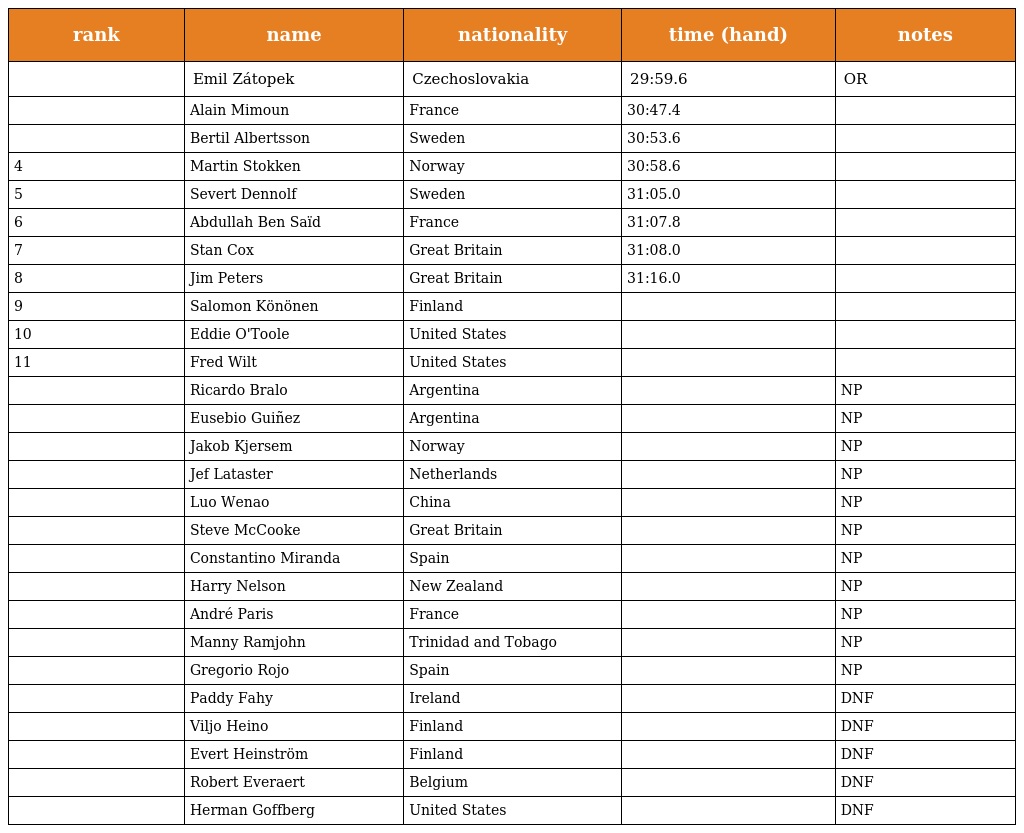
| rank | name | nationality | time (hand) | notes |
 | --- | --- | --- | --- | --- |
 |  | Emil Zátopek | Czechoslovakia | 29:59.6 | OR |
 |  | Alain Mimoun | France | 30:47.4 |  |
 |  | Bertil Albertsson | Sweden | 30:53.6 |  |
 | 4 | Martin Stokken | Norway | 30:58.6 |  |
 | 5 | Severt Dennolf | Sweden | 31:05.0 |  |
 | 6 | Abdullah Ben Saïd | France | 31:07.8 |  |
 | 7 | Stan Cox | Great Britain | 31:08.0 |  |
 | 8 | Jim Peters | Great Britain | 31:16.0 |  |
 | 9 | Salomon Könönen | Finland |  |  |
 | 10 | Eddie O'Toole | United States |  |  |
 | 11 | Fred Wilt | United States |  |  |
 |  | Ricardo Bralo | Argentina |  | NP |
 |  | Eusebio Guiñez | Argentina |  | NP |
 |  | Jakob Kjersem | Norway |  | NP |
 |  | Jef Lataster | Netherlands |  | NP |
 |  | Luo Wenao | China |  | NP |
 |  | Steve McCooke | Great Britain |  | NP |
 |  | Constantino Miranda | Spain |  | NP |
 |  | Harry Nelson | New Zealand |  | NP |
 |  | André Paris | France |  | NP |
 |  | Manny Ramjohn | Trinidad and Tobago |  | NP |
 |  | Gregorio Rojo | Spain |  | NP |
 |  | Paddy Fahy | Ireland |  | DNF |
 |  | Viljo Heino | Finland |  | DNF |
 |  | Evert Heinström | Finland |  | DNF |
 |  | Robert Everaert | Belgium |  | DNF |
 |  | Herman Goffberg | United States |  | DNF |